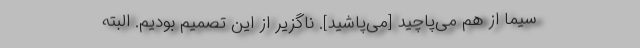
سیما از هم می‌پاچید [می‌پاشید]. ناگزیر از این تصمیم بودیم. البته